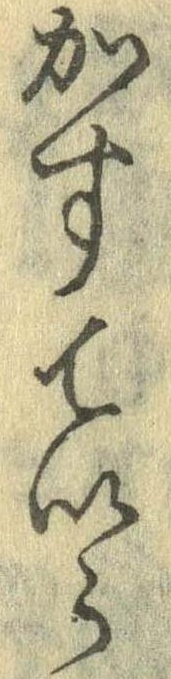
かすていら